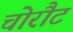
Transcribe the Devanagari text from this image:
चोरौट